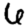
Digit: 6